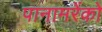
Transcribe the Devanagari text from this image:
पानामरेंको